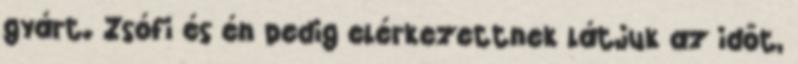
gyárt. Zsófi és én pedig elérkezettnek látjuk az időt,